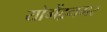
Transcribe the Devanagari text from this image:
योगेंद्रनगर